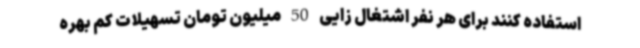
استفاده کنند برای هر نفر اشتغال زایی 50 میلیون تومان تسهیلات کم بهره